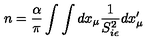
n = { \frac { \alpha } { \pi } } \int \int d x _ { \mu } { \frac { 1 } { S _ { i \epsilon } ^ { 2 } } } d x _ { \mu } ^ { \prime }